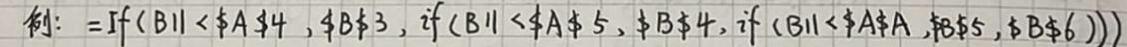
例$:=If(B11<\A\4,\B\3,if(B11<\A\5,\B\4,if(B11<\A\A,\B\5,\B\6)))$